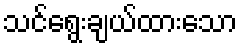
သင်ရွေးချယ်ထားသော